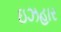
ઇઝહાર